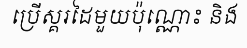
ប្រើស្គរដៃមួយប៉ុណ្ណោះ និង